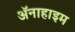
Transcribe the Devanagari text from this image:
ॲनाहाइम